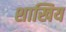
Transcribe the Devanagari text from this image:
शाखिय